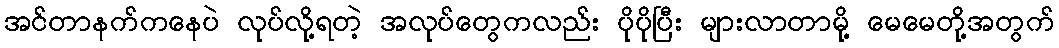
အင်တာနက်ကနေပဲ လုပ်လို့ရတဲ့ အလုပ်တွေကလည်း ပိုပိုပြီး များလာတာမို့ မေမေတို့အတွက်